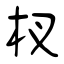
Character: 杈